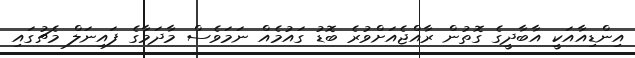
އިންޑިއާއަކީ އާބާދީގެ ގޮތުން ރާއްޖެއަށްވުރެ ބޮޑު ގައުމެއް ނަމަވެސް މާދަމާގެ ފައިނަލް މެޗުގައި